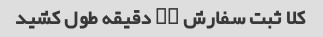
کلا ثبت سفارش ۲۰ دقیقه طول کشید